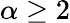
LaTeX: \alpha\geq 2